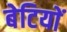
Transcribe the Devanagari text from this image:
बेटियाें